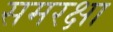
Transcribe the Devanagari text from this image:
समरक्षा